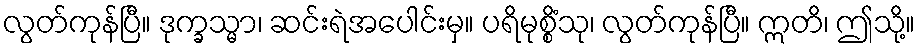
လွတ်ကုန်ပြီ။ ဒုက္ခသ္မာ၊ ဆင်းရဲအပေါင်းမှ။ ပရိမုစ္စိံသု၊ လွတ်ကုန်ပြီ။ ဣတိ၊ ဤသို့။